Report on sanitation, dispensaries, and jails in Rajputana for 1909, and on vaccination for the year 1909-1910 - 1909-1910
Year: 1909
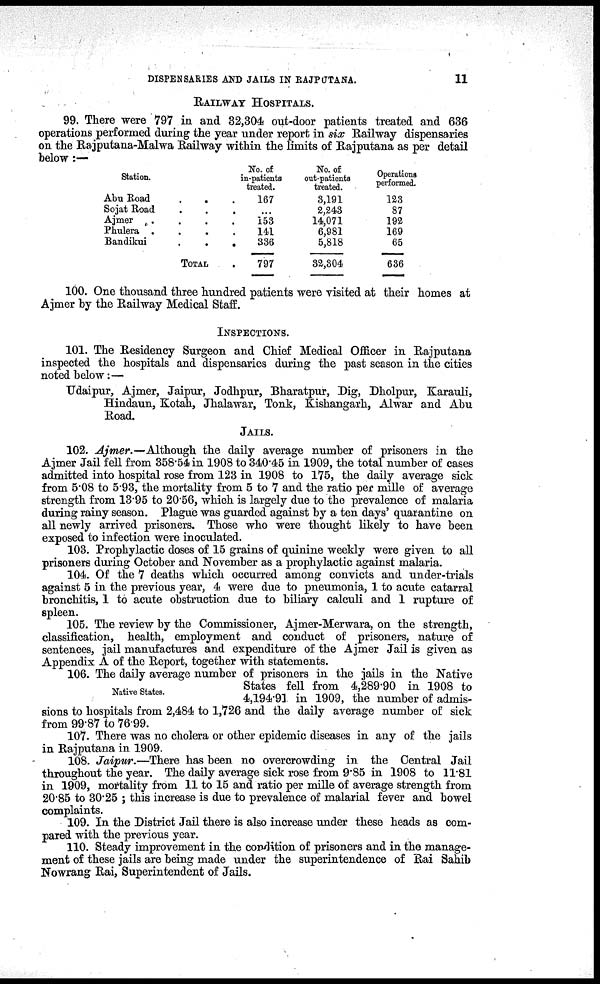
DISPENSARIES AND JAILS IN RAJPUTANA.
11
RAILWAY HOSPITALS.
99. There were 797 in and 32,304 out-door patients treated and 636
operations performed during the year under report in six Railway dispensaries
on the Rajputana-Malwa Railway within the limits of Rajputana as per detail
below :—
Station.
Abu Road
.
. .
Sojat Road . . .
Ajmer
.
.
.
.
Phulera .
.
.
.
Bandikui
.
.
.
TOTAL .
No. of
in-patients
treated.
167
...
153
141
336
797
No. of
out-patients
treated.
3,191
2,243
14,071
6,981
5,818
32,304
Operations
performed.
123
87
192
169
65
636
100. One thousand three hundred patients were visited at their homes at
Ajmer by the Railway Medical Staff.
INSPECTIONS.
101. The Residency Surgeon and Chief Medical Officer in Rajputana
inspected the hospitals and dispensaries during the past season in the cities
noted below :—
Udaipur, Ajmer, Jaipur, Jodhpur, Bharatpur, Dig, Dholpur, Karauli,
Hindaun, Kotah, Jhalawar, Tonk, Kishangarh, Alwar and Abu
Road.
JAILS.
102. Ajmer.—Although the daily average number of prisoners in the
Ajmer Jail fell from 358.54 in 1908 to 340.45 in 1909, the total number of cases
admitted into hospital rose from 123 in 1908 to 175, the daily average sick
from 5.08 to 5.93, the mortality from 5 to 7 and the ratio per mille of average
strength from 13.95 to 20.56, which is largely due to the prevalence of malaria
during rainy season. Plague was guarded against by a ten days' quarantine on
all newly arrived prisoners. Those who were thought likely to have been
exposed to infection were inoculated.
103. Prophylactic doses of 15 grains of quinine weekly were given to all
prisoners during October and November as a prophylactic against malaria.
104. Of the 7 deaths which occurred among convicts and under-trials
against 5 in the previous year, 4 were due to pneumonia, 1 to acute catarral
bronchitis, 1 to acute obstruction due to biliary calculi and 1 rupture of
spleen.
105. The review by the Commissioner, Ajmer-Merwara, on the strength,
classification, health, employment and conduct of prisoners, nature of
sentences, jail manufactures and expenditure of the Ajmer Jail is given as
Appendix A of the Report, together with statements.
Native Slates.
106. The daily average number of prisoners in the jails in the Native
States fell from 4,289.90 in 1908 to
4,194.91 in 1909, the number of admis-
sions to hospitals from 2,484 to 1,726 and the daily average number of sick
from 99.87 to 7699.
107. There was no cholera or other epidemic diseases in any of the jails
in Rajputana in 1909.
108. Jaipur.—There has been no overcrowding in the Central Jail
throughout the year. The daily average sick rose from 9.85 in 1908 to 11.81
in 1909, mortality from 11 to 15 and ratio per mille of average strength from
20.85 to 30.25 ; this increase is due to prevalence of malarial fever and bowel
complaints.
109. In the District Jail there is also increase under these heads as com-
pared with the previous year.
110. Steady improvement in the condition of prisoners and in the manage-
ment of these jails are being made under the superintendence of Rai Sahib
Nowrang Rai, Superintendent of Jails.